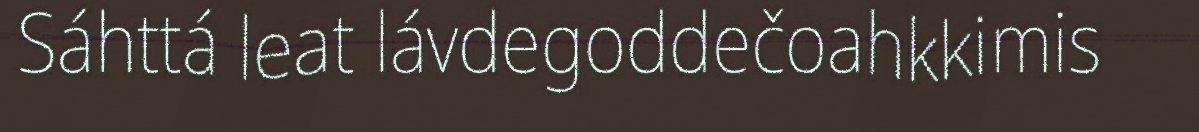
Sáhttá leat lávdegoddečoahkkimis